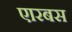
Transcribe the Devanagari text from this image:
एारबस